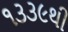
૧૩૩૯થી